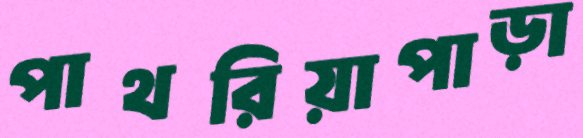
পাথরিয়াপাড়া